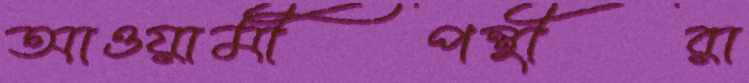
আওয়ামীপন্থীরা